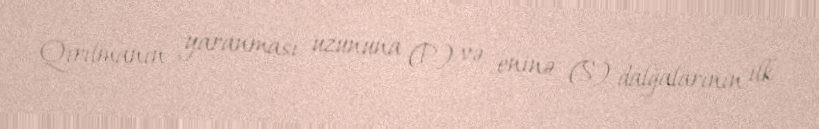
Qırılmanın yaranması uzununa (P) və eninə (S) dalğalarının ilk